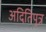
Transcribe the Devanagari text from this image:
अदितिपुत्र